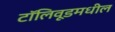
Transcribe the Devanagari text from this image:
टॉलिवूडमधील